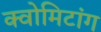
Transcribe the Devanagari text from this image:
क्वोमिटांग